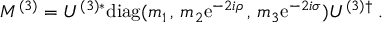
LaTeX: M ^ { ( 3 ) } = U ^ { ( 3 ) * } \mathrm { d i a g } ( m _ { 1 } \, , \, m _ { 2 } \mathrm { e } ^ { - 2 i \rho } \, , \, m _ { 3 } \mathrm { e } ^ { - 2 i \sigma } ) U ^ { ( 3 ) \dagger } \; .